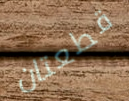
قطعتان